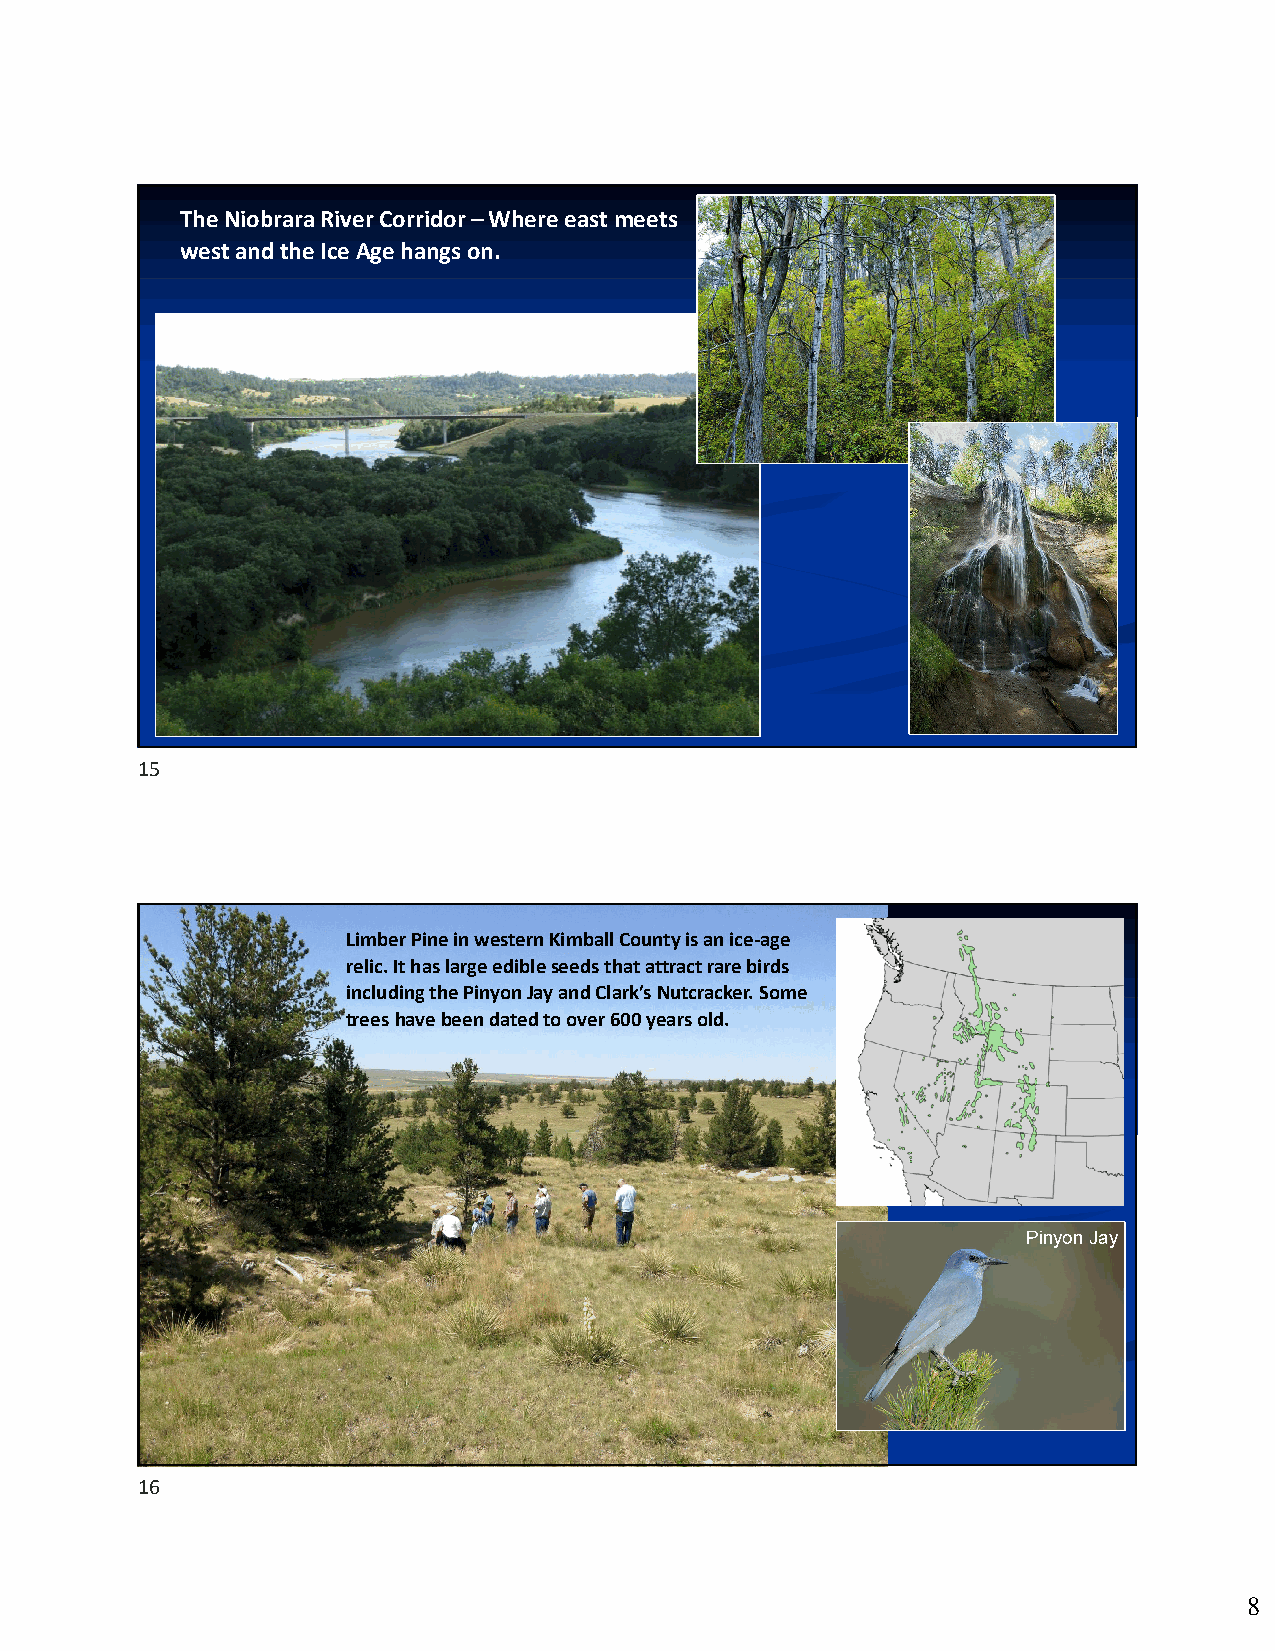
The Niobrara River Corridor –Where east meets
 west and the Ice Age hangs on.
 15
 Limber Pine in western Kimball County is an ice‐age
 relic. Ithas large edible seeds that attract rare birds
 including the Pinyon Jay and Clark’s Nutcracker. Some
 trees have been dated to over 600 years old.
 Pinyon Jay
 16
 8